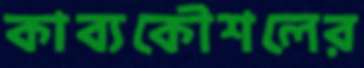
কাব্যকৌশলের